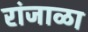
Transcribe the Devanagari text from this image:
रांजाळा